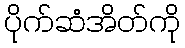
ပိုက်ဆံအိတ်ကို